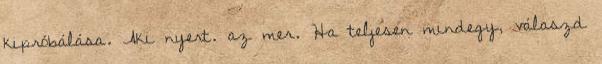
kipróbálása. Aki nyert. az mer. Ha teljesen mindegy, válaszd